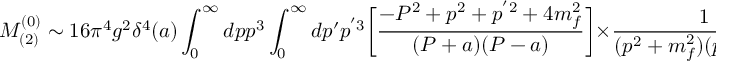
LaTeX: M _ { ( 2 ) } ^ { ( 0 ) } \sim 1 6 \pi ^ { 4 } g ^ { 2 } \delta ^ { 4 } ( a ) \int _ { 0 } ^ { \infty } d p p ^ { 3 } \int _ { 0 } ^ { \infty } d p ^ { \prime } p ^ { ' 3 } \biggl [ \frac { - P ^ { 2 } + p ^ { 2 } + p ^ { ' 2 } + 4 m _ { f } ^ { 2 } } { ( P + a ) ( P - a ) } \biggr ] \times \frac { 1 } { ( p ^ { 2 } + m _ { f } ^ { 2 } ) ( p ^ { 2 } + m _ { f } ^ { 2 } ) } \exp \biggl [ - \frac { ( p ^ { 2 } + p ^ { 2 } + 2 m _ { f } ^ { 2 } ) } { 2 \Lambda _ { S M } ^ { 2 } } - \frac { P ^ { 2 } + m ^ { 2 } } { 2 \Lambda _ { S M } ^ { 2 } } \biggr ] ,